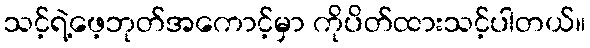
သင့်ရဲ့ဖေ့ဘုတ်အကောင့်မှာ ကိုပိတ်ထားသင့်ပါတယ်။